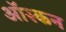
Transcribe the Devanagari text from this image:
ऑस्कन